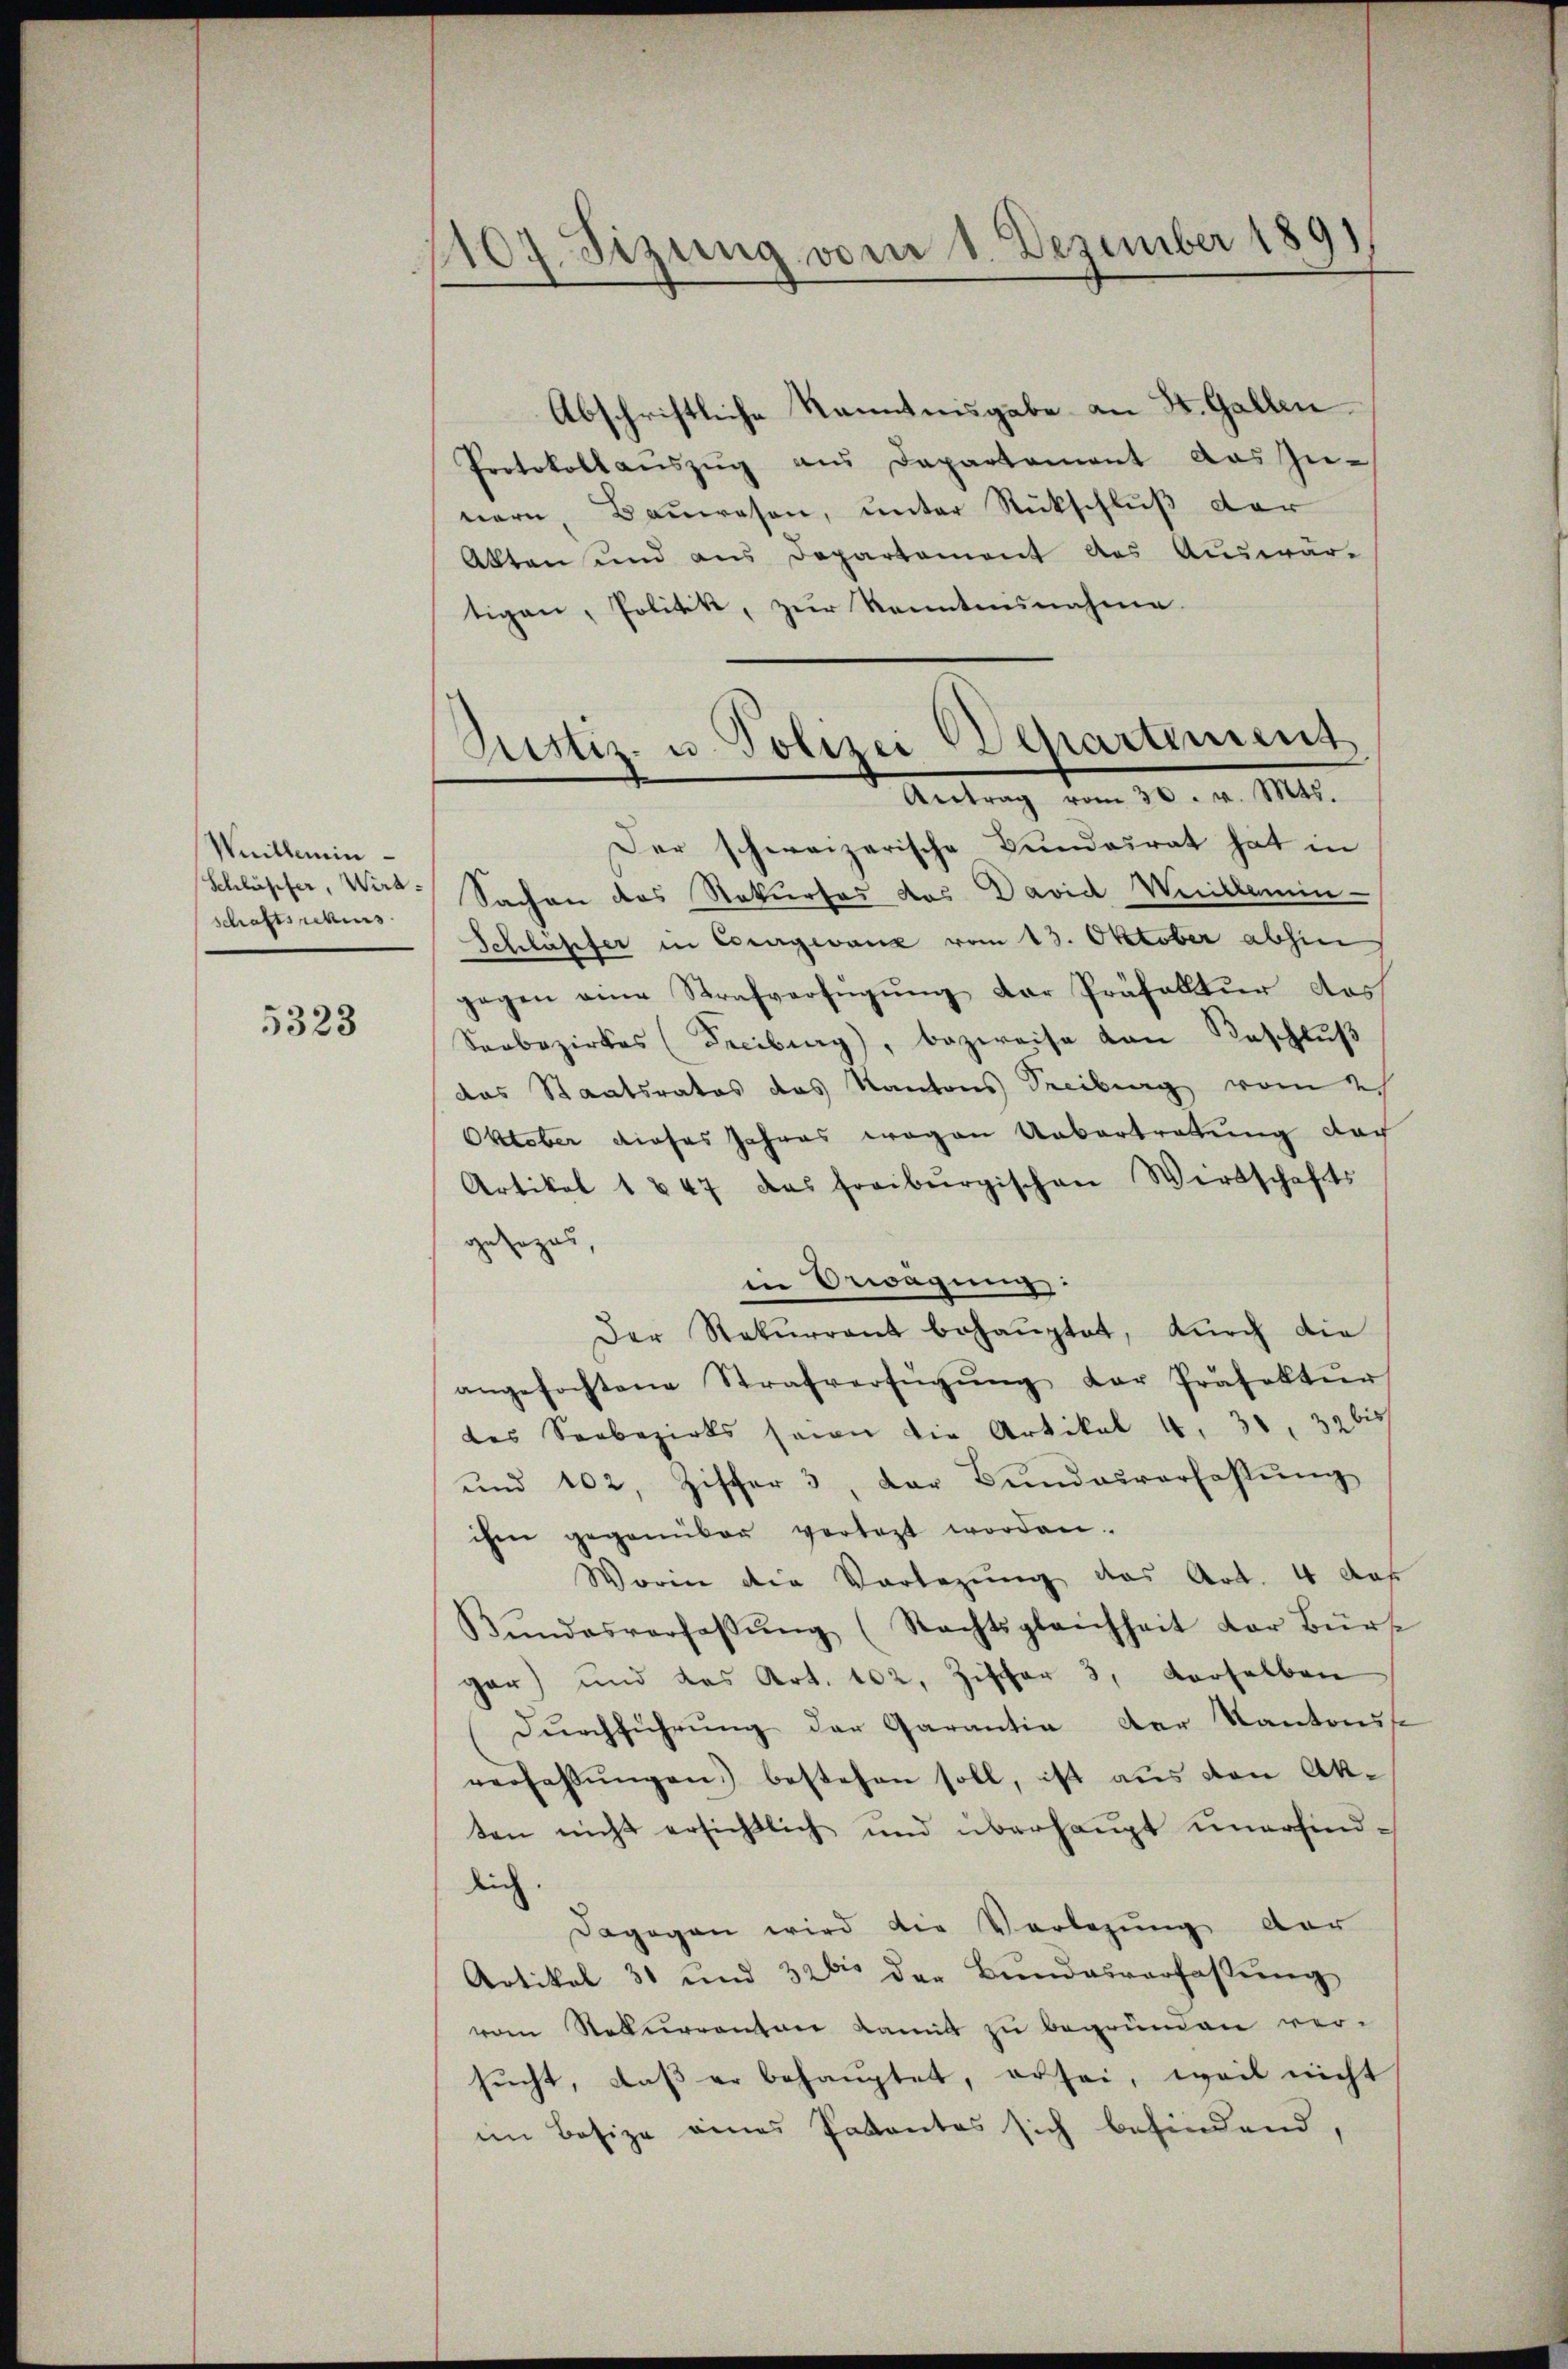
Weillemin
Schlüpfer, Wirt:
schaftssekurs

5323

1107. Sizung vom 1. Dezember 1891

Abschriftliche Kenntnisgabe an St. Gallen
Protokoll aŭszŭg aŭs Departament das Zu-
nern, Baŭwesen, unter Rückschluß der
Akten und aus Departement des Auswar-
tigen, Politik, zur Kenntnunahme
Der schweizerische Bundesrat hat in
Sachen des Rekurses das David Weillamin-
Schlapfer in Courgevanz vom 13. Oktober abhin
gegen eine Strafverfügung der Präfalltur das
Soebezirkes (Freiburg, bezweise von Beschluß
das Staatsrates das Kantons Treiburg vom 2
Oktober dieses Jahres wegen Uebertretung nach
Artikel 1847 das freiburgischen Wirtschafts
gesezes,
in Erwägung:
Der Rekŭrrent behaŭptet, dŭrch die
angefochtene Strafverfügŭng der Präfektŭr
des Seebezirks seien die Artikal 4. 31, 39 bish
und 102, Ziffer 3, der Bŭndesverfassŭng
ihm gegenüber vertagt worden.
Worin die Vorlegung das Art. 4 das
Bŭndesverfaβŭng (Nachtsgleichheit der Bürt
gar) und das Art. 102. Zischer 3, derselben
(Durchführung der Garantia der Kantons
verfassŭngen) bestehen soll, ist aus von Akten nicht ersichtlich und überhaupt unerfinddich.
dagogen wird die Vorlegung der
Artikel 31 und 326 der Bundesverfassung
vom Rekurrenten damit zu begrünen ver-
sŭcht, daβ er behauptet, er sei, weil nicht
im Besize eines Patentes sich befindend,

Rustiz- u. Polizei Departement
Antrag vom 30. v. Mts.